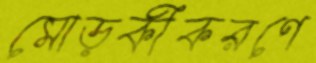
মোড়কীকরণে